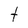
Character: t